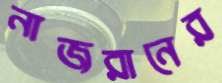
নাজরানের